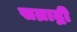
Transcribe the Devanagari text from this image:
सम्राद्नी